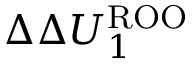
\Delta \Delta U _ { 1 } ^ { \mathrm { R O O } }